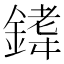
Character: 𫒰